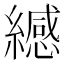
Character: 𫄅